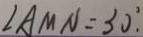
\angle A M N = 3 0 ^ { \circ } .